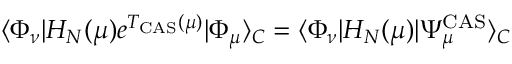
\langle \Phi _ { \nu } | H _ { N } ( \mu ) e ^ { T _ { \mathrm { C A S } } ( \mu ) } | \Phi _ { \mu } \rangle _ { C } = \langle \Phi _ { \nu } | H _ { N } ( \mu ) | \Psi _ { \mu } ^ { \mathrm { C A S } } \rangle _ { C }